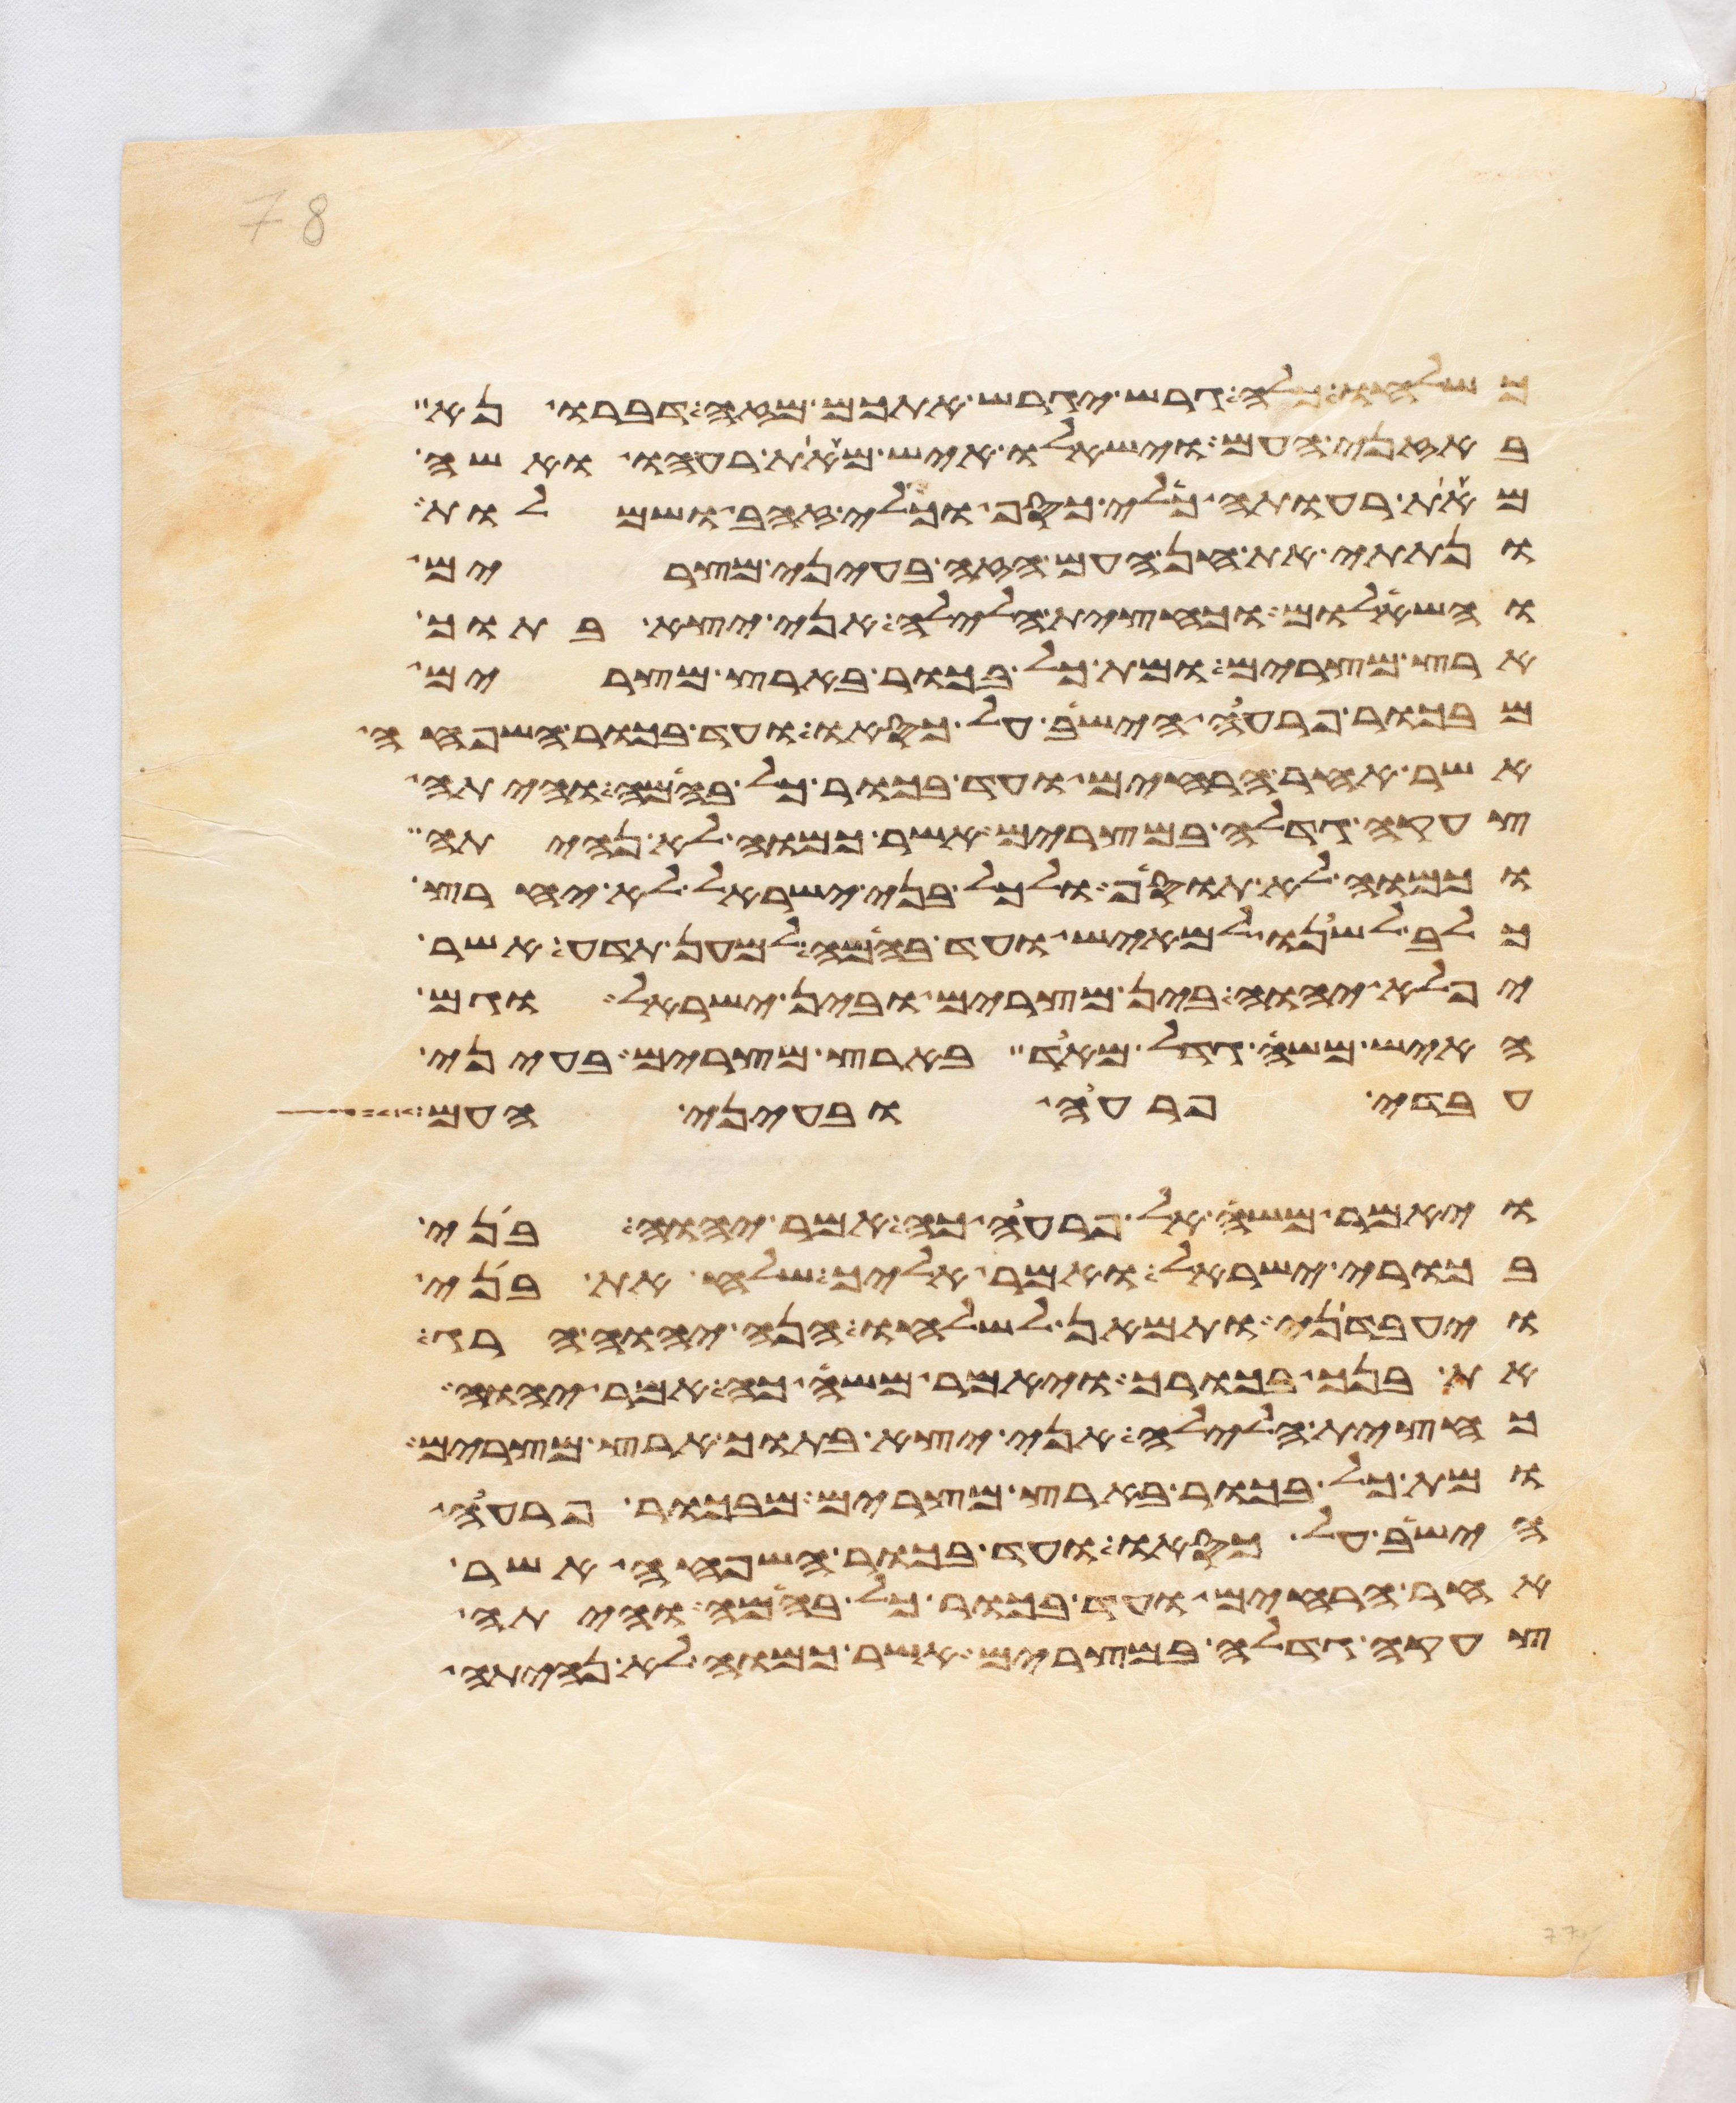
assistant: כשלחו כלה גרש יגרש אתכם מזה דברו נא
באזני העם וישאלו איש מאת רעהו ואשה
מאת רעותה כלי כסף וכלי זהב ושמלות
ונתתי את חן העם הזה בעיני מצרים
והשאלום וכחצית הלילה אני יצא בתוך
ארץ מצרים ומת כל בכור בארץ מצרים
מבכור פרעה הישב על כסאו ועד בכור השפחה
אשר אחר הרחים ועד בכור כל בהמה והיתה
צעקה גדלה במצרים אשר כמוה לא נהיתה
וכמוה לא תוסיף ולכל בני ישראל לא יחרץ
כלב לשנו למאיש ועד בהמה למען תדע אשר
יפלא יהוה בין מצרים ובין ישראל וגם
האיש משה גדל מאד בארץ מצרים בעיני
עבדי פרעה ובעיני העם
ויאמר משה אל פרעה כה אמר יהוה בני
בכורי ישראל ואמר אליך שלח את בני
ויעבדני ותמאן לשלחו הנה יהוה הרג
את בנך בכורך ויאמר משה כה אמר יהוה
כחצית הלילה אני יצא בתוך ארץ מצרים
ומת כל בכור בארץ מצרים מבכור פרעה
הישב על כסאו ועד בכור השפחה אשר
אחר הרחים ועד בכור כל בהמה והיתה
צעקה גדלה במצרים אשר כמוה לא נהיתה